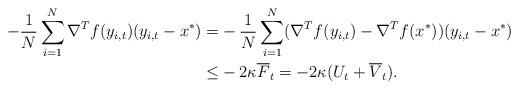
LaTeX: \begin{align*}-\frac{1}{N}\sum_{i=1}^N \nabla^T f(y_{i,t}) (y_{i,t}-x^{\ast})=&-\frac{1}{N}\sum_{i=1}^N (\nabla^T f(y_{i,t})-\nabla^T f(x^{\ast})) (y_{i,t}-x^{\ast})\\\leq &-2\kappa \overline{F}_t= -2\kappa(U_t+\overline{V}_t).\end{align*}